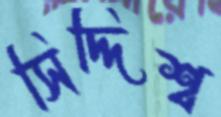
সিদ্দিশ্ব